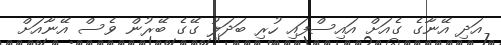
އަދި އޭނާގެ ގެއަށް އައިސްފައި ހުރި ބަދަލު ގޭގެ ބޭރުން ވެސް އޭނާއަށް